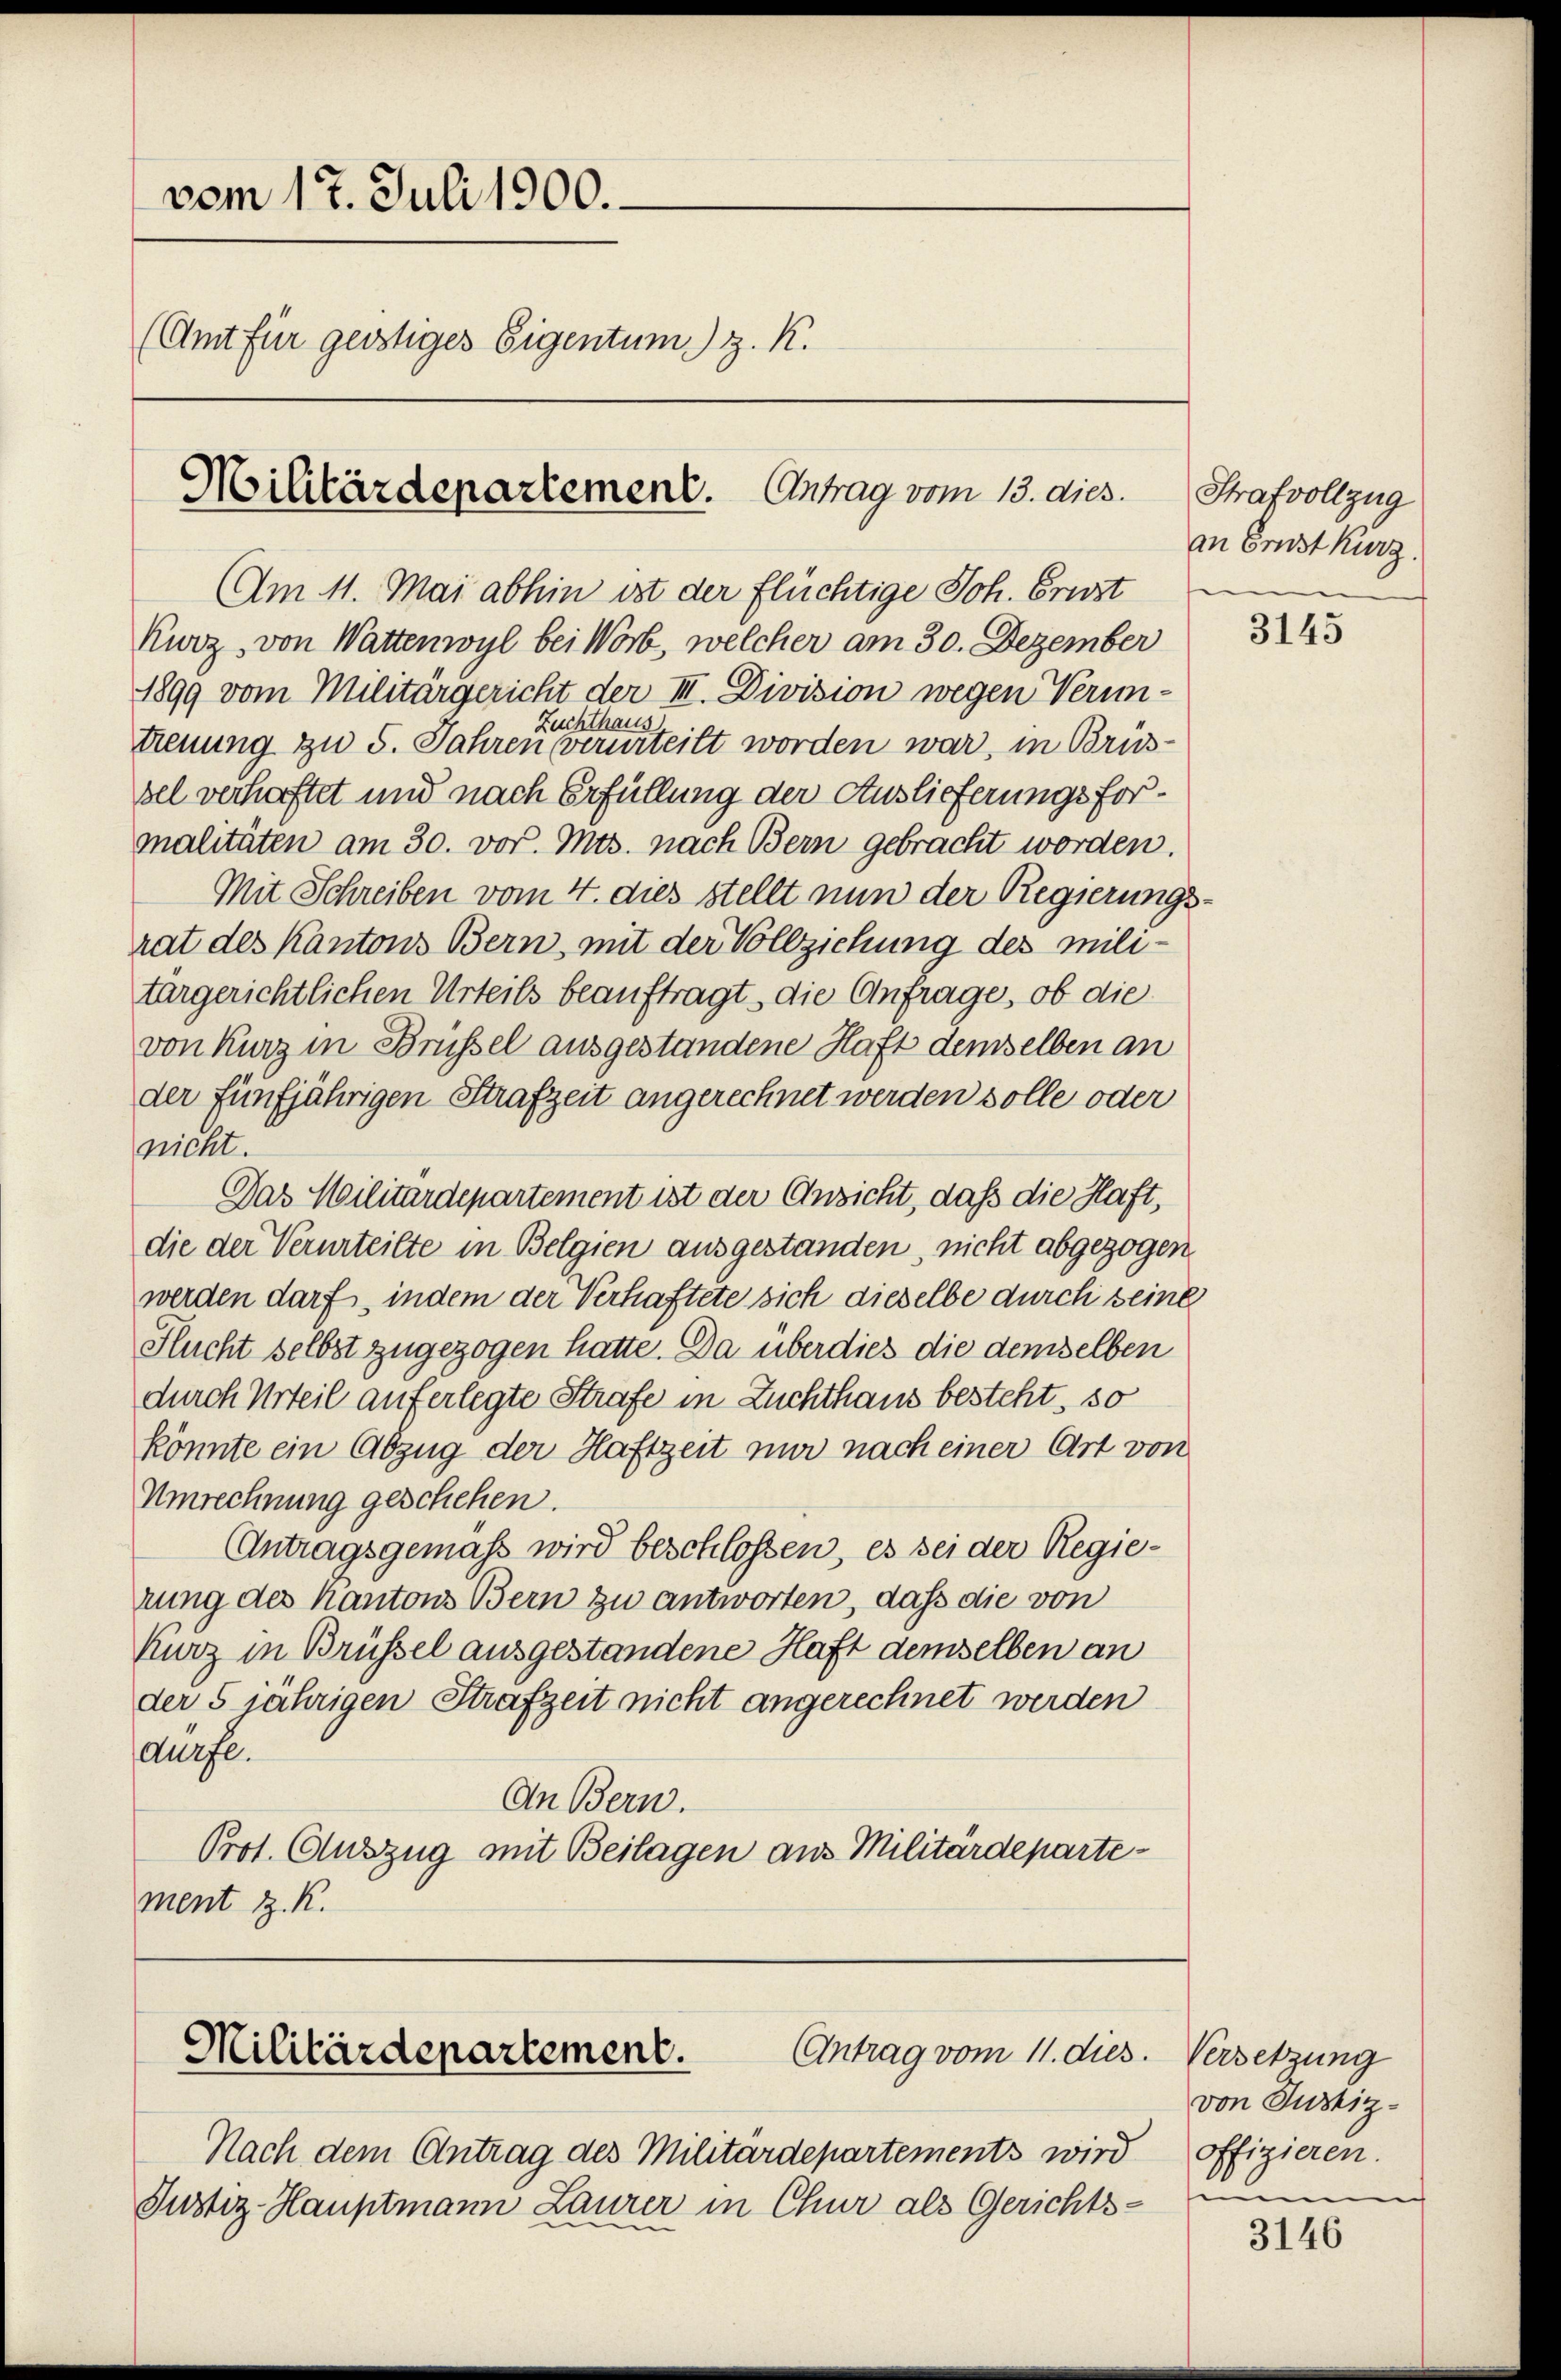
vom 17. Juli 1900.
(Amt für geistiges Eigentum) z. K.
Militärdepartement. Antrag vom 13. dies

Am 11. Mai abhin ist der flüchtige Joh. Brust
Kurz, von Wattenwyl bei Worb, welcher am 30. Dezember
1899 vom Militärgericht der III. Division wegen Verim-
Zuchthaus
teuung zu 5. Jahren verurteilt worden war, in Brussel verhaftet und nach Erfüllung der Auslieferungsformalitäten am 30. vor. Mts. nach Bern gebracht worden.
Mit Schreiben vom 4. dies stellt nun der Regierungsrat des Kantons Bern, mit der Vollziehung des Militurgerichtlichen Urteils beauftragt, die Anfrage, ob die
von Kurz in Brüssel ausgestandene Haft demselben an
der fünfjährigen Strafzeit angerechnet werden solle oder
(nicht.
Das Militärdepartement ist der Ansicht, daß die Haft,
die der Verurteilte in Belgien ausgestanden, nicht abgezogen
werden darf, indem der Verhaftete sich dieselbe durch seine
Flucht selbst zugezogen hatte. Da überdies die demselben
durch Urteil auferlegte Strafe in Zuchthaus besteht, so
könnte ein Abzug der Haftzeit nur nach einer Art von
Umrechnung geschehen.
Antragsgemäss wird beschlossen, es sei der Regierung des Kantons Bern zu antworten, dass die von
Kurz in Brüssel ausgestandene Haft demselben an
der 5 jährigen Strafzeit nicht angerechnet werden
dürfe.
An Bern.
Prot. Auszug mit Beilagen aus Militärdepartement z. K.

Antrag vom 11. dies. Versetzung
Militärdepartement.

Nach dem Antrag des Militärdepartements wird offizieren.
Justiz-Hauptmann Laurer in Chur als Gerichts-

Strafvollzug
an Ernst kurz.

3145

von Justiz-
u

3146